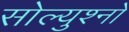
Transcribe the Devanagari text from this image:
सोल्युश्नो